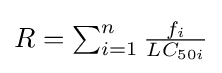
R=\textstyle \sum _{i=1}^{n}{\tfrac {f_{i}}{LC_{50i}}}